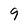
Character: 9